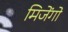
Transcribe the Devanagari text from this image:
मिजेंगो